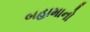
બહામાનો